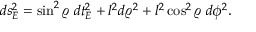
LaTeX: d s _ { E } ^ { 2 } = \sin ^ { 2 } \varrho \: d t _ { E } ^ { 2 } + l ^ { 2 } d \varrho ^ { 2 } + l ^ { 2 } \cos ^ { 2 } \varrho \: d \phi ^ { 2 } .